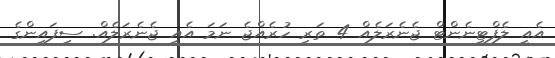
އެއީ ލެފްޓިނެންޓް ޖެނެރަލެއް 4 ތަރި ހުރެއްޖެ ނަމަ އެއީ ޖެނެރަލެއް. ސިފައިންގެ